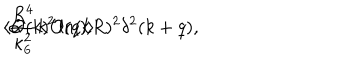
\left< { \cal { O } } ( k ) { \cal { O } } ( q ) \right> \hspace { 1 m m } \propto \hspace { 1 m m } \frac { R ^ { 4 } } { \kappa _ { 6 } ^ { 2 } } k ^ { 2 } \ln ( k R ) ^ { 2 } \delta ^ { 2 } ( k + q ) ,